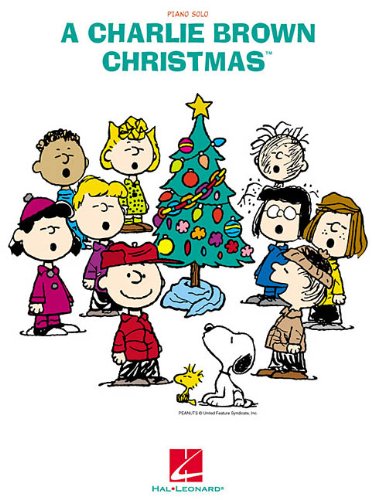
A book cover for A Charlie Brown Christmas; Arts & Photography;